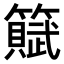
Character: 𫂩